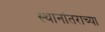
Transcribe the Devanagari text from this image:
स्थानांतराच्या